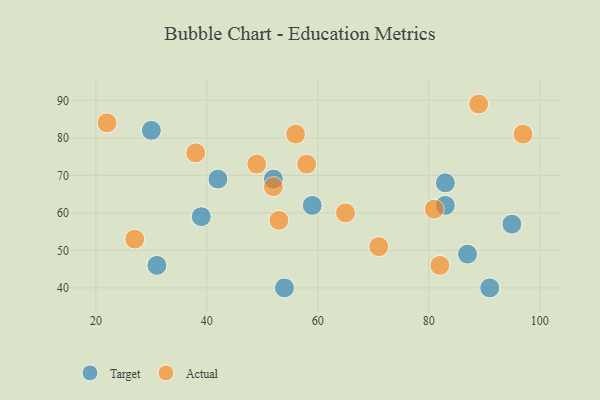
{"axis": {"x": "GDP", "y": "Life Expectancy"}, "legend": ["Actual", "Target"], "data": [{"x": "39", "y": 59, "type": "Target"}, {"x": "54", "y": 40, "type": "Target"}, {"x": "95", "y": 57, "type": "Target"}, {"x": "59", "y": 62, "type": "Target"}, {"x": "30", "y": 82, "type": "Target"}, {"x": "87", "y": 49, "type": "Target"}, {"x": "91", "y": 40, "type": "Target"}, {"x": "83", "y": 68, "type": "Target"}, {"x": "42", "y": 69, "type": "Target"}, {"x": "83", "y": 62, "type": "Target"}, {"x": "52", "y": 69, "type": "Target"}, {"x": "31", "y": 46, "type": "Target"}, {"x": "65", "y": 60, "type": "Actual"}, {"x": "49", "y": 73, "type": "Actual"}, {"x": "52", "y": 67, "type": "Actual"}, {"x": "27", "y": 53, "type": "Actual"}, {"x": "81", "y": 61, "type": "Actual"}, {"x": "58", "y": 73, "type": "Actual"}, {"x": "38", "y": 76, "type": "Actual"}, {"x": "97", "y": 81, "type": "Actual"}, {"x": "22", "y": 84, "type": "Actual"}, {"x": "56", "y": 81, "type": "Actual"}, {"x": "82", "y": 46, "type": "Actual"}, {"x": "71", "y": 51, "type": "Actual"}, {"x": "89", "y": 89, "type": "Actual"}, {"x": "53", "y": 58, "type": "Actual"}]}